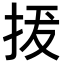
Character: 𢬌